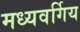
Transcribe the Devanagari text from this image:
मध्यवर्गिय